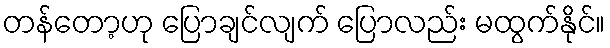
တန်တော့ဟု ပြောချင်လျက် ပြောလည်း မထွက်နိုင်။